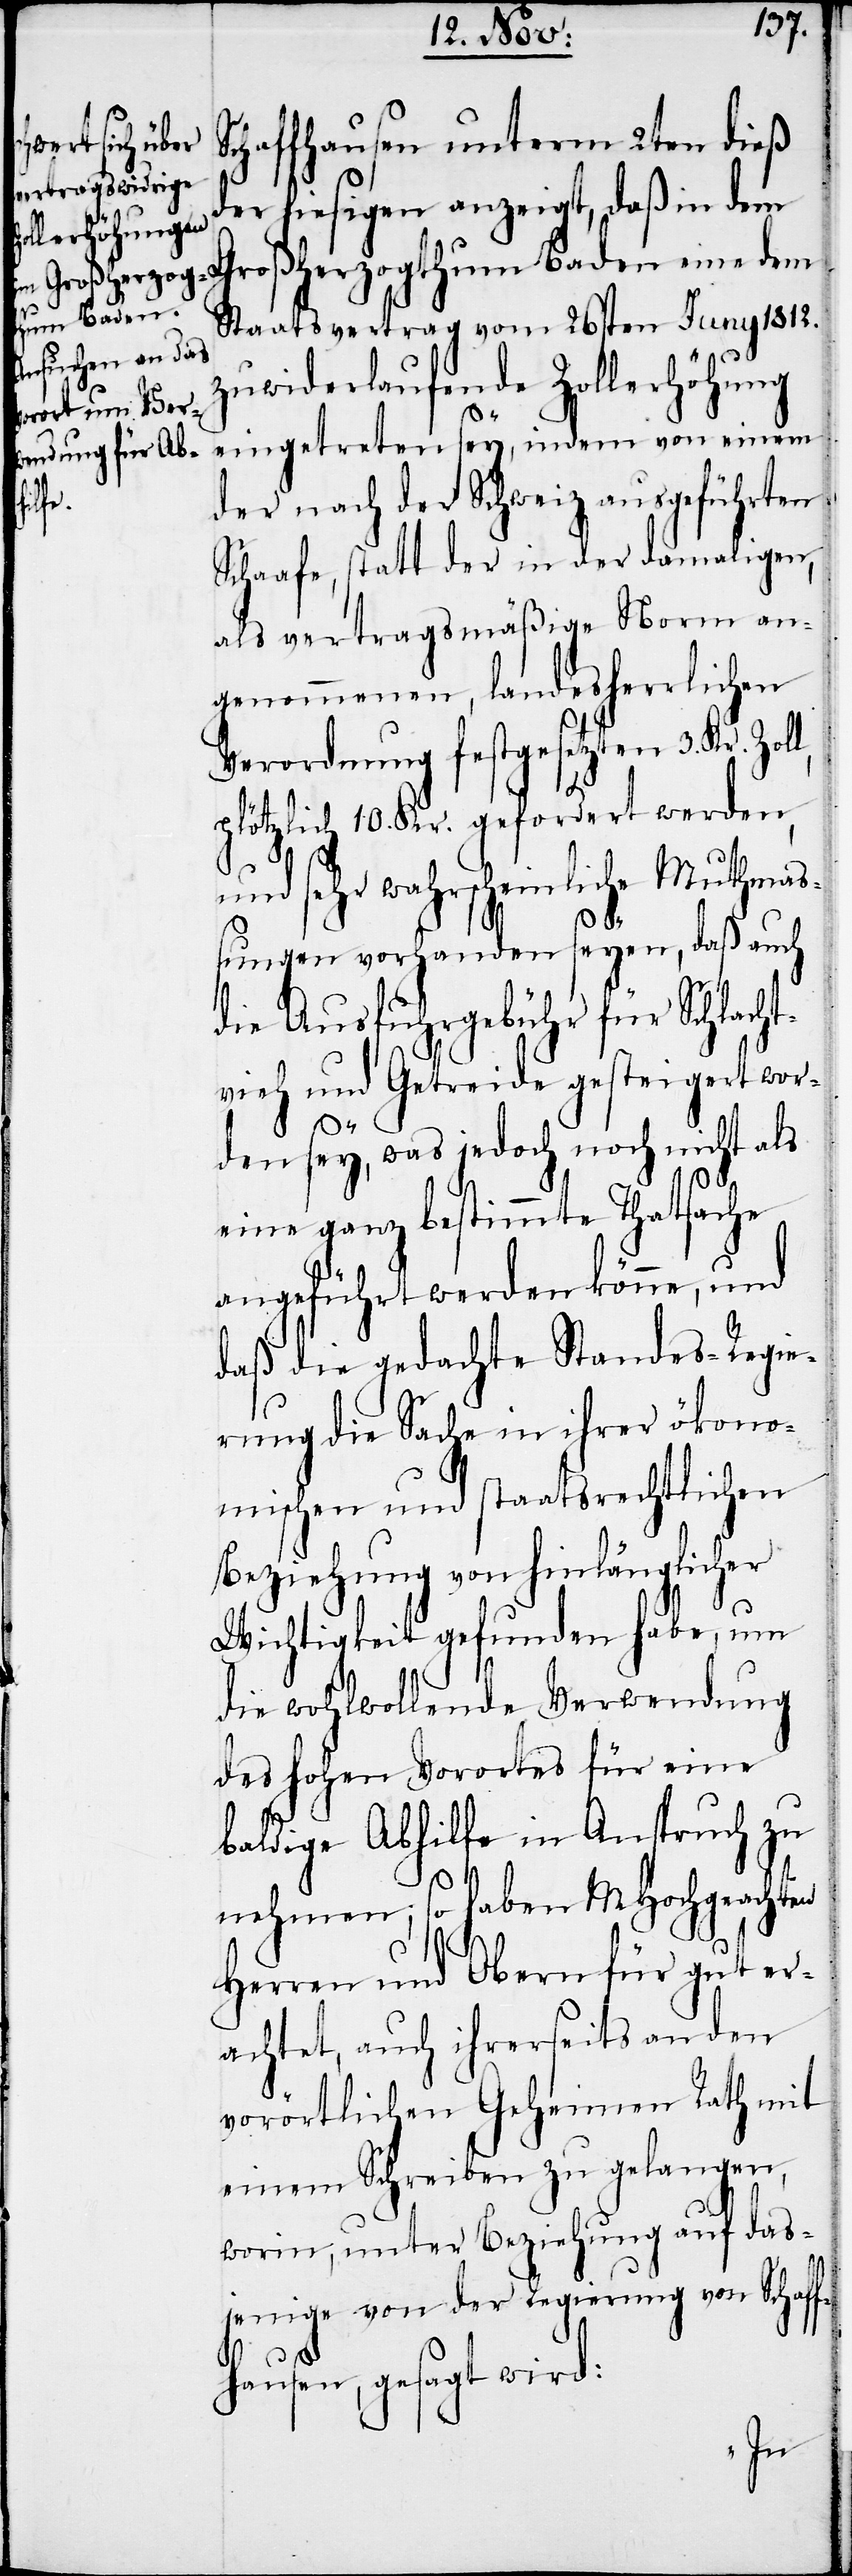
chaffhausen unterm 2ten dieß
er hiesigen anzeigt, daß in dem
Großherzogthum Baden eine dem
Staatsvertrag vom 26sten Juny 1812.
zuwiderlaufende Zollerhöhung
eingetreten sey, indem von einem
der nach der Schweiz ausgeführten
Schaafe, statt der in der damaligen,
als vertragsmäßige Norm an¬
genommenen, landesherrlichen
Verordnung festgesetzten 3. Kr. Zol¬
plötzlich 10. Kr. gefordert werden,
und sehr wahrscheinliche Muthmaß¬
ungen vorhanden seyen, daß auch
die Ausfuhrgebühr für Schlacht¬
vieh und Getreide gesteigert wor¬
den sey, was jedoch noch nicht als
eine ganz bestimmte Thatsache
angeführt werden könne, und
daß die gedachte Standes-Regie¬
rung die Sache in ihrer ökono¬
mischen und staatsrechtlichen
Beziehung von hinlänglicher
Wichtigkeit gefunden habe, um
die wohlwollende Verwendung
des hohen Vorortes für eine
baldige Abhilfe in Anspruch zu
l,
nehmen; so haben MHochgeachten
Herren und Obern für gut er¬
achtet, auch ihrerseits an den
vorörtlichen Geheimen Rath mit
einem Schreiben zu gelangen,
worin, unter Beziehung auf das¬
jenige von der Regierung von Schaff¬
hausen, gesagt wird: